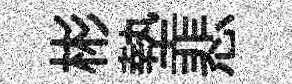
彬墊悲